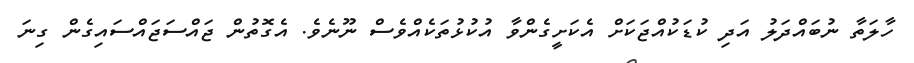
ހާލަތާ ނުބައްދަލު އަދި ކުޑަކުއްޖަކަށް އެކަށީގެންވާ އުކުޅުތަކެއްވެސް ނޫނެވެ. އެގޮތުން ޖައްސަޖައްސައިގެން ގިނަ